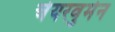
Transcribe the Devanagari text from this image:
चेयरवुमेन